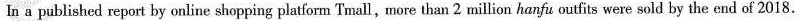
In a published report by online shopping platform Tmall,more than 2 million hanfu outfits were sold by the end of 2018.